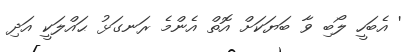
' އެބަހީ ލޯބި ވާ ބަޔަކަށް އޮތް އެންމެ ރަނގަޅު ޙައްލަކީ އަދި